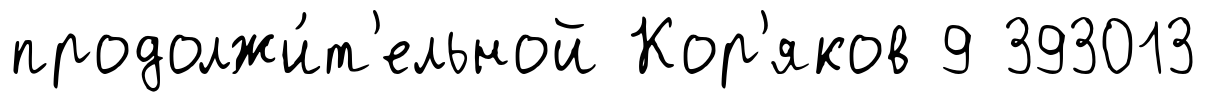
продолжи́т'ельной Кор'яков 9 393013